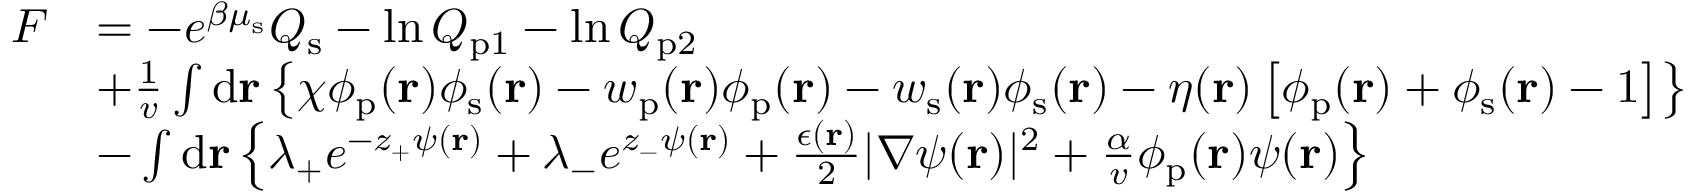
\begin{array} { r l } { F } & { = - e ^ { \beta \mu _ { \mathrm { s } } } Q _ { \mathrm { s } } - \ln Q _ { \mathrm { p } 1 } - \ln Q _ { \mathrm { p } 2 } } \\ & { + \frac { 1 } { v } \int \mathrm { d } { \mathbf { r } } \left\{ \chi \phi _ { \mathrm { p } } ( \mathbf { r } ) \phi _ { \mathrm { s } } ( \mathbf { r } ) - w _ { \mathrm { p } } ( \mathbf { r } ) \phi _ { \mathrm { p } } ( \mathbf { r } ) - w _ { \mathrm { s } } ( \mathbf { r } ) \phi _ { \mathrm { s } } ( \mathbf { r } ) - \eta ( \mathbf { r } ) \left[ \phi _ { \mathrm { p } } ( \mathbf { r } ) + \phi _ { \mathrm { s } } ( \mathbf { r } ) - 1 \right] \right\} } \\ & { - \int \mathrm { d } \mathbf { r } \left\{ \lambda _ { + } e ^ { - z _ { + } \psi ( \mathbf { r } ) } + \lambda _ { - } e ^ { z _ { - } \psi ( \mathbf { r } ) } + \frac { \epsilon ( \mathbf { r } ) } { 2 } | \nabla \psi ( \mathbf { r } ) | ^ { 2 } + \frac { \alpha } { v } \phi _ { \mathrm { p } } ( \mathbf { r } ) \psi ( \mathbf { r } ) \right\} } \end{array}